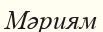
Мәриям